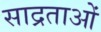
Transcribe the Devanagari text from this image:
साद्रताओं